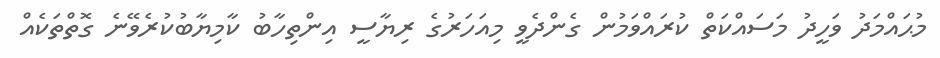
މުޙައްމަދު ވަހީދު މަސައްކަތް ކުރައްވަމުން ގެންދެވީ މިއަހަރުގެ ރިޔާސީ އިންތިހާބު ކާމިޔާބުކުރެވޭނެ ގޮތްތަކެއް